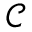
\scriptstyle { \mathcal { C } }